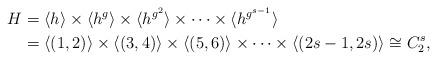
LaTeX: \begin{align*}H&=\langle h\rangle\times\langle h^g\rangle\times\langle h^{g^2}\rangle\times\cdots\times\langle h^{g^{s-1}}\rangle\\&=\langle (1,2)\rangle\times\langle (3,4)\rangle\times\langle (5,6)\rangle\times\cdots\times\langle (2s-1,2s)\rangle\cong C_2^s,\end{align*}